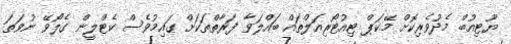
ޔޫޓިއުބް މެދުވެރިކޮށް މޭކަޕް ޓިއުޓޯރިއަލްތައް ބައްލަވާ ފަރާތްތަކަށް ގައިމުވެސް ކެޓްލީން ގެލޯވޭ ނުވަތަ